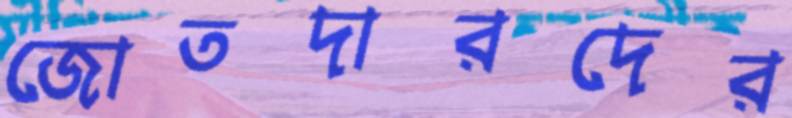
জোতদারদের